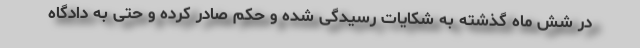
در شش ماه گذشته به شکایات رسیدگی شده و حکم صادر کرده و حتی به دادگاه